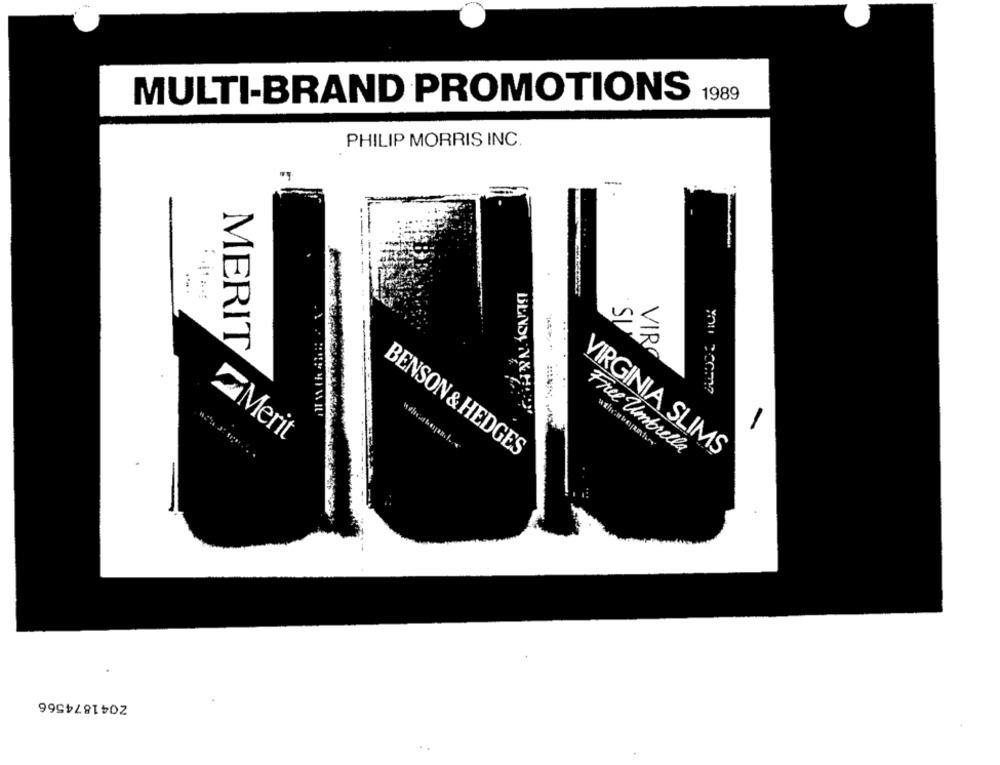
MULTI-BRAND PROMOTIONS
1989
PHILIP MORRIS INC.
1
....
-
MERIT
Merit
BENSON & HEDGES
Free Umbrella
VIRGINIA SLIMS
Z041874566